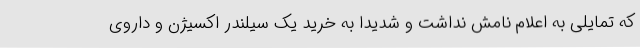
که تمایلی به اعلام نامش نداشت و شدیدا به خرید یک سیلندر اکسیژن و داروی